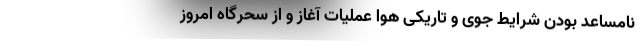
نامساعد بودن شرایط جوی و تاریکی هوا عملیات آغاز و از سحرگاه امروز